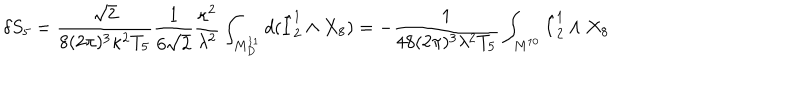
LaTeX: \delta S _ { 5 } = \frac { \sqrt { 2 } } { 8 ( 2 \pi ) ^ { 3 } \kappa ^ { 2 } T _ { 5 } } \frac { 1 } { 6 \sqrt { 2 } } \frac { \kappa ^ { 2 } } { \lambda ^ { 2 } } \int _ { M _ { D } ^ { 1 1 } } d ( \hat { I } _ { 2 } ^ { 1 } \wedge X _ { 8 } ) = - \frac { 1 } { 4 8 ( 2 \pi ) ^ { 3 } \lambda ^ { 2 } T _ { 5 } } \int _ { M ^ { 1 0 } } \hat { I } _ { 2 } ^ { 1 } \wedge X _ { 8 }